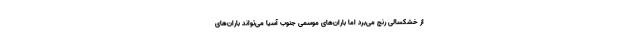
از خشکسالی رنج می‌برد اما باران‌های موسمی جنوب آسیا می‌تواند باران‌های